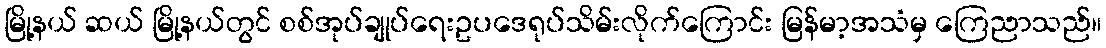
မြို့နယ် ဆယ် မြို့နယ်တွင် စစ်အုပ်ချုပ်ရေးဥပဒေရုပ်သိမ်းလိုက်ကြောင်း မြန်မာ့အသံမှ ကြေညာသည်။